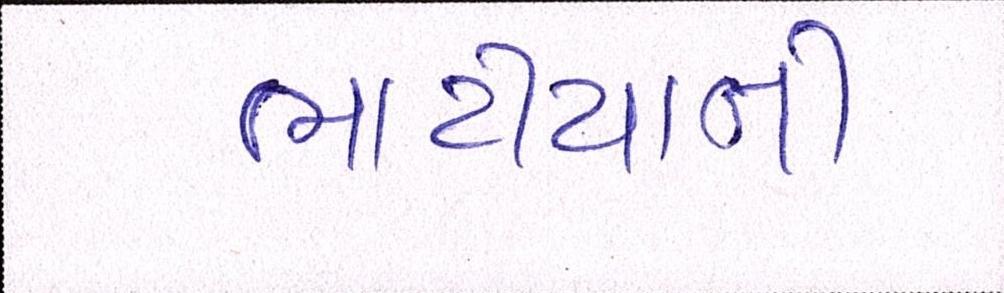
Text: ભાટીયાની